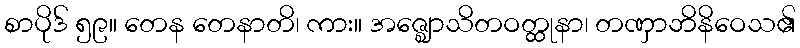
စာပိုဒ် ၅၉။ တေန တေနာတိ၊ ကား။ အဇ္ဈောသိတဝတ္ထုနာ၊ တဏှာဘိနိဝေသ၏